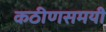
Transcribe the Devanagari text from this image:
कठीणसमयी